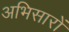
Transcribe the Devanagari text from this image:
अभिसारों